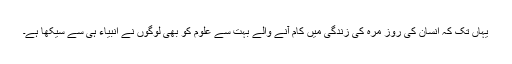
یہاں تک کہ انسان کی روز مرہ کی زندگی میں کام آنے والے بہت سے علوم کو بھی لوگوں نے انبیاء ہی سے سیکھا ہے۔